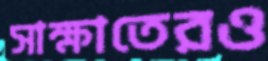
সাক্ষাতেরও